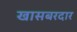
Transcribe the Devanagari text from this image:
खासबरदार